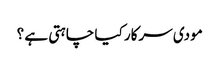
مودی سرکار کیا چاہتی ہے ؟